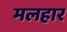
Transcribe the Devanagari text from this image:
मलहार